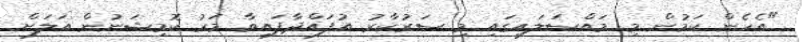
"އެހެން ކަމުން މި މައްސަލައިގައި މި ސަރުކާރު އުފައްދާފައިވާ މަރު ކޮމިޝަނުން އަލަށް